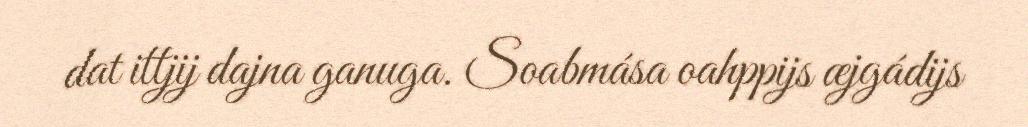
dat ittjij dajna ganuga. Soabmása oahppijs æjgádijs